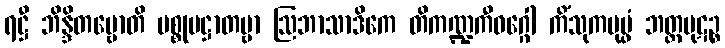
ရဋ္ဌီ ဘိန္ဒိတဗ္ဗောတိ ပစ္စုပဋ္ဌာတဗ္ဗာ ဩဘာသာဒိကေ တိကဏ္ဍကီဝဂ္ဂေါ ကိံသုကပုပ္ဖံ ဘတ္တပုဋဉ္စ